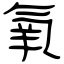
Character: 氧